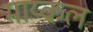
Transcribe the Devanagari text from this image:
माय्कल